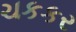
ચકકર